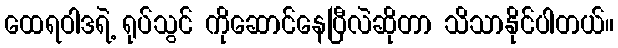
ထေရဝါဒရဲ့ ရုပ်သွင် ကိုဆောင်နေပြီလဲဆိုတာ သိသာနိုင်ပါတယ်။